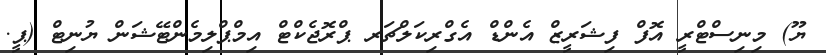
ޔޫ) މިނިސްޓްރީ އޮފް ފިޝަރީޒް އެންޑް އެގްރިކަލްޗަރ ޕްރޮޖެކްޓް އިމްޕްލިމެންޓޭޝަން ޔުނިޓް (ޕީ.